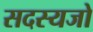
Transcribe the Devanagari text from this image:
सदस्यजो